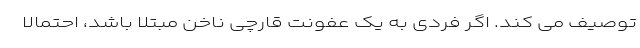
توصیف می کند. اگر فردی به یک عفونت قارچی ناخن مبتلا باشد، احتمالا